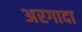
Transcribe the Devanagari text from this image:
अरगादा